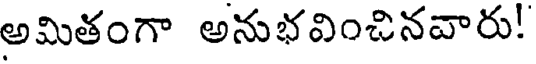
అమితంగా అనుభవించినవారు!